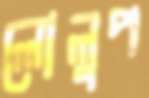
লোলুপ